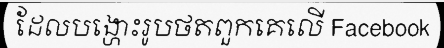
ដែលបង្ហោះរូបថតពួកគេលើ Facebook